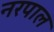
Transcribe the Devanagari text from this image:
नरपाल